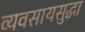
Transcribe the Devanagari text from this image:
व्यवसायसुद्धा